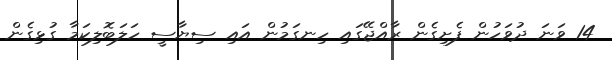
14 ވަނަ ދުވަހުން ފެށިގެން ރާއްޖޭގައި ހިނގަމުން އައި ސިޔާސީ ހަލަބޮލިކަމާ ގުޅިގެން